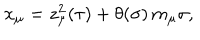
x _ { \mu } = z _ { \mu } ^ { 2 } ( \tau ) + \theta ( \sigma ) \, m _ { \mu } \sigma ,